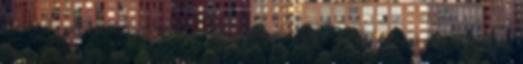
és tekintet között éles különbséget kell tenni. A szem